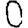
Digit: 0